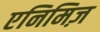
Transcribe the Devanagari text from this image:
एनिमिज़